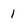
Character: 1